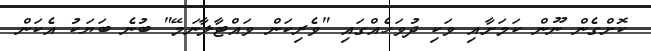
ކޮށްގެން ނޫން ކަމަށާއި ވަކި ދުވަހެއްގައި "ވެރިކަން ވައްޓާލާނަމޭ" ބުނެ ބަޔަކު އެކަން